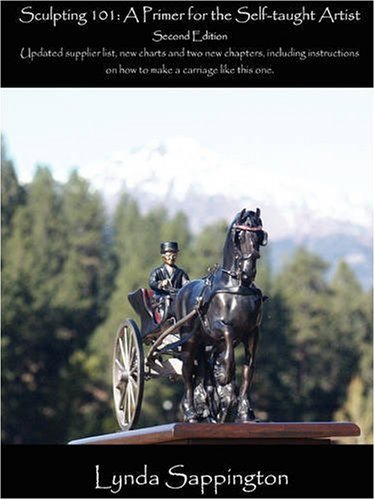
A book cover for Sculpting 101: A Primer for the Self-Taught Artist; Lynda Sappington; Arts & Photography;